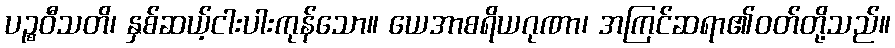
ပဉ္စဝီသတိ၊ နှစ်ဆယ့်ငါးပါးကုန်သော။ ယေအာစရိယဂုဏာ၊ အကြင်ဆရာ၏ဝတ်တို့သည်။